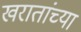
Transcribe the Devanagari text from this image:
खरातांच्या